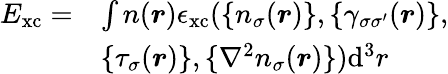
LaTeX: \begin{array}{rl}{E_{\mathrm{xc}}=}&{\int n(\boldsymbol{r})\epsilon_{\mathrm{xc}}(\{ n_{\sigma}(\boldsymbol{r})\} ,\{ \gamma_{\sigma\sigma^{\prime}}(\boldsymbol{r})\} ,}\\ &{\{ \tau_{\sigma}(\boldsymbol{r})\} ,\{ \nabla^{2}n_{\sigma}(\boldsymbol{r})\} )\mathrm{d}^{3}r}\end{array}